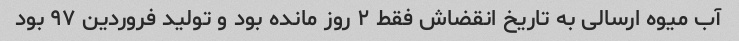
آب میوه ارسالی به تاریخ انقضاش فقط ۲ روز مانده بود و تولید فروردین ۹۷ بود